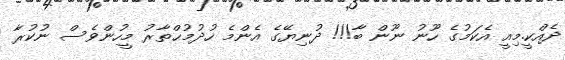
ދެއްކީ.މިއީ އެކަމުގެ ހޫނު ނޫން ބާ!!! ދުނިޔޭގެ އެންމެ ހުދުމުޙްތާރު މީހުންވެސް ނުކުރާ